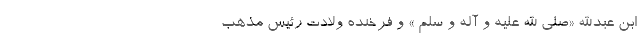
ابن عبدالله «صلی الله علیه و آله و سلم » و فرخنده ولادت رئیس مذهب